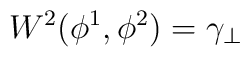
W^2(\phi^1,\phi^2)= \gamma_\perp